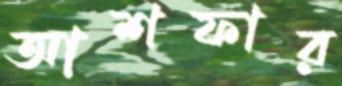
আশফার